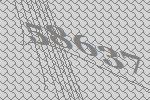
58637